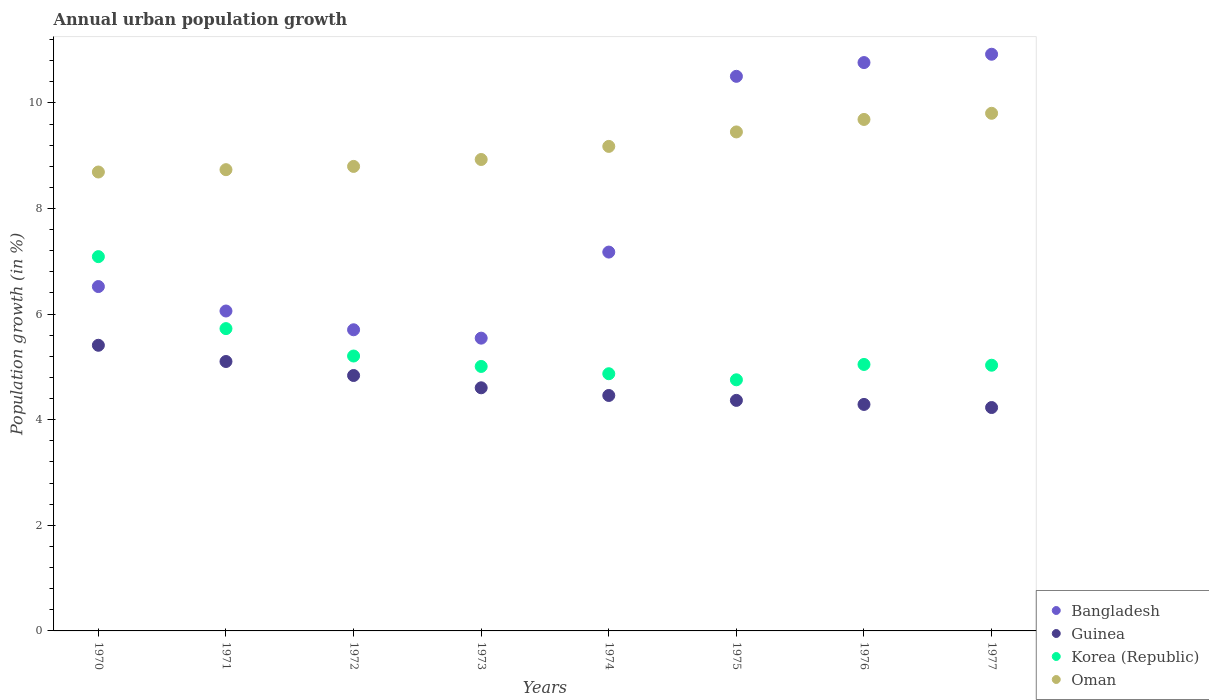
| Years | Bangladesh | Guinea | Korea (Republic) | Oman |
 | --- | --- | --- | --- | --- |
 | 1970 | 6.52 | 5.41 | 7.09 | 8.69 |
 | 1971 | 6.06 | 5.1 | 5.73 | 8.74 |
 | 1972 | 5.7 | 4.84 | 5.21 | 8.8 |
 | 1973 | 5.54 | 4.6 | 5.01 | 8.93 |
 | 1974 | 7.17 | 4.46 | 4.87 | 9.18 |
 | 1975 | 10.5 | 4.37 | 4.76 | 9.45 |
 | 1976 | 10.8 | 4.29 | 5.05 | 9.69 |
 | 1977 | 10.9 | 4.23 | 5.03 | 9.8 |